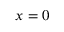
\scriptstyle x \; = \; 0